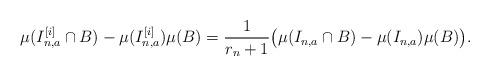
LaTeX: \begin{align*}\mu(I_{n,a}^{[i]} \cap B) - \mu(I_{n,a}^{[i]})\mu(B) = \frac{1}{r_{n}+1}\big{(}\mu(I_{n,a} \cap B) - \mu(I_{n,a})\mu(B)\big{)}.\end{align*}